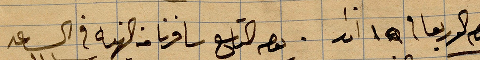
يوم الاربعا في ١٥ اذار. يوم التاسع سافرنا من النهار في الساعة